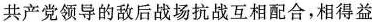
共产党领导的敌后战场抗战互相配合，相得益